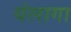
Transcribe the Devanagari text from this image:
यंलागा